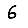
Digit: 6